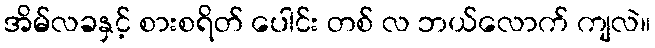
အိမ်လခနှင့် စားစရိတ် ပေါင်း တစ် လ ဘယ်လောက် ကျလဲ။